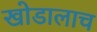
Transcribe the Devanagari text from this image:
खोडालाच